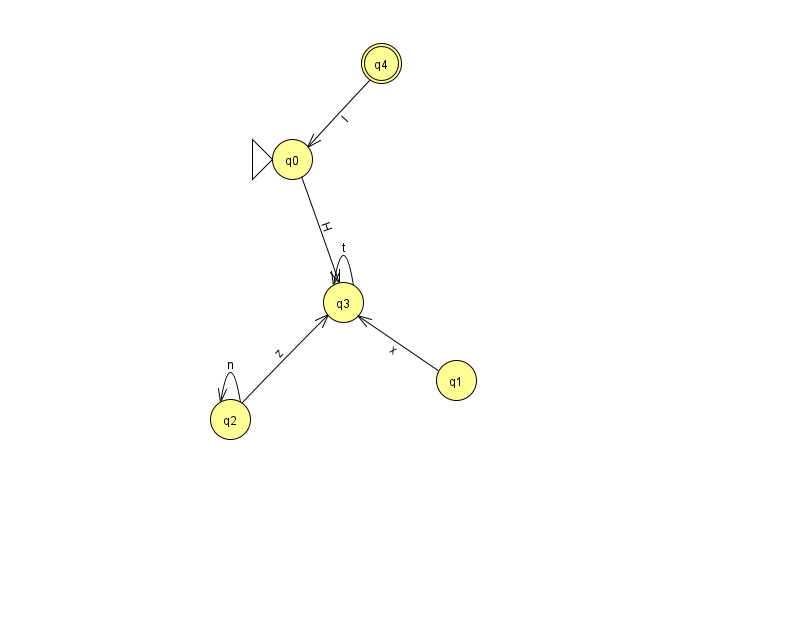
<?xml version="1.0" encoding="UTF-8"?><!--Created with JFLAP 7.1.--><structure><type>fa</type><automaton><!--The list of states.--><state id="0" name="q0"><x>292.0</x><y>146.0</y><initial/></state><state id="1" name="q1"><x>456.0</x><y>367.0</y></state><state id="2" name="q2"><x>230.0</x><y>406.0</y></state><state id="3" name="q3"><x>343.0</x><y>289.0</y></state><state id="4" name="q4"><x>381.0</x><y>50.0</y><final/></state><!--The list of transitions.--><transition><from>3</from><to>3</to><read>t</read></transition><transition><from>0</from><to>3</to><read>H</read></transition><transition><from>4</from><to>0</to><read>l</read></transition><transition><from>2</from><to>3</to><read>z</read></transition><transition><from>1</from><to>3</to><read>x</read></transition><transition><from>2</from><to>2</to><read>n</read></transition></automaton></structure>